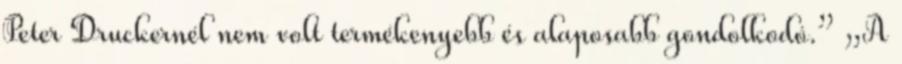
Peter Druckernél nem volt termékenyebb és alaposabb gondolkodó.” „A